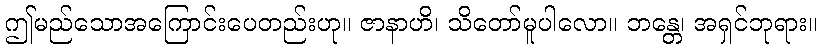
ဤမည်သောအကြောင်းပေတည်းဟု။ ဇာနာဟိ၊ သိတော်မူပါလော။ ဘန္တေ၊ အရှင်ဘုရား။